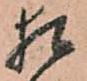
猶